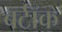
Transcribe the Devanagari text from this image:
बर्टॉक